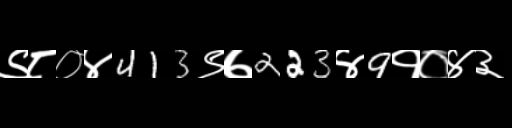
Text: ९८०४413९७223४9१०४३